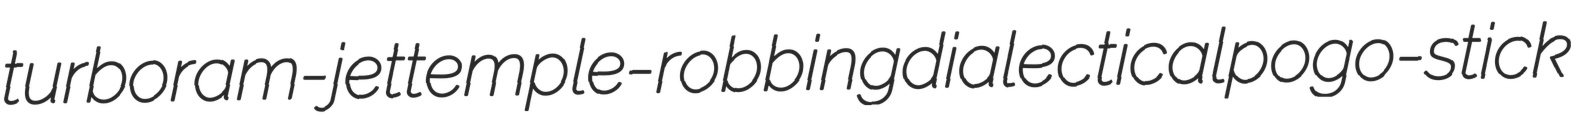
turboram-jet temple-robbing dialectical pogo-stick